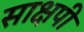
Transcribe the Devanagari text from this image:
साक्षपी